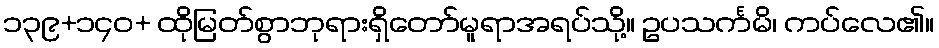
၁၃၉+၁၄၀+ ထိုမြတ်စွာဘုရားရှိတော်မူရာအရပ်သို့။ ဥပသင်္ကမိ၊ ကပ်လေ၏။